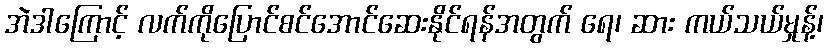
အဲဒါကြောင့် လက်ကိုပြောင်စင်အောင်ဆေးနိုင်ရန်အတွက် ရေ၊ ဆား ကယ်သယ်မှုန့်၊